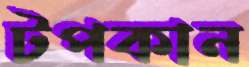
টপকান